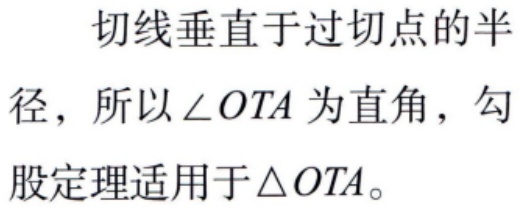
切线垂直于过切点的半径，所以\(\angle OTA\)为直角，勾股定理适用于\(\triangle OTA\)。